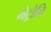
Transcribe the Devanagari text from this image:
मेट्रोचि